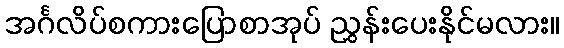
အင်္ဂလိပ်စကားပြောစာအုပ် ညွှန်းပေးနိုင်မလား။